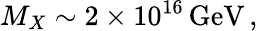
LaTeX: M_{X}\sim 2\times 10^{16}\, \mathrm{GeV}\, ,